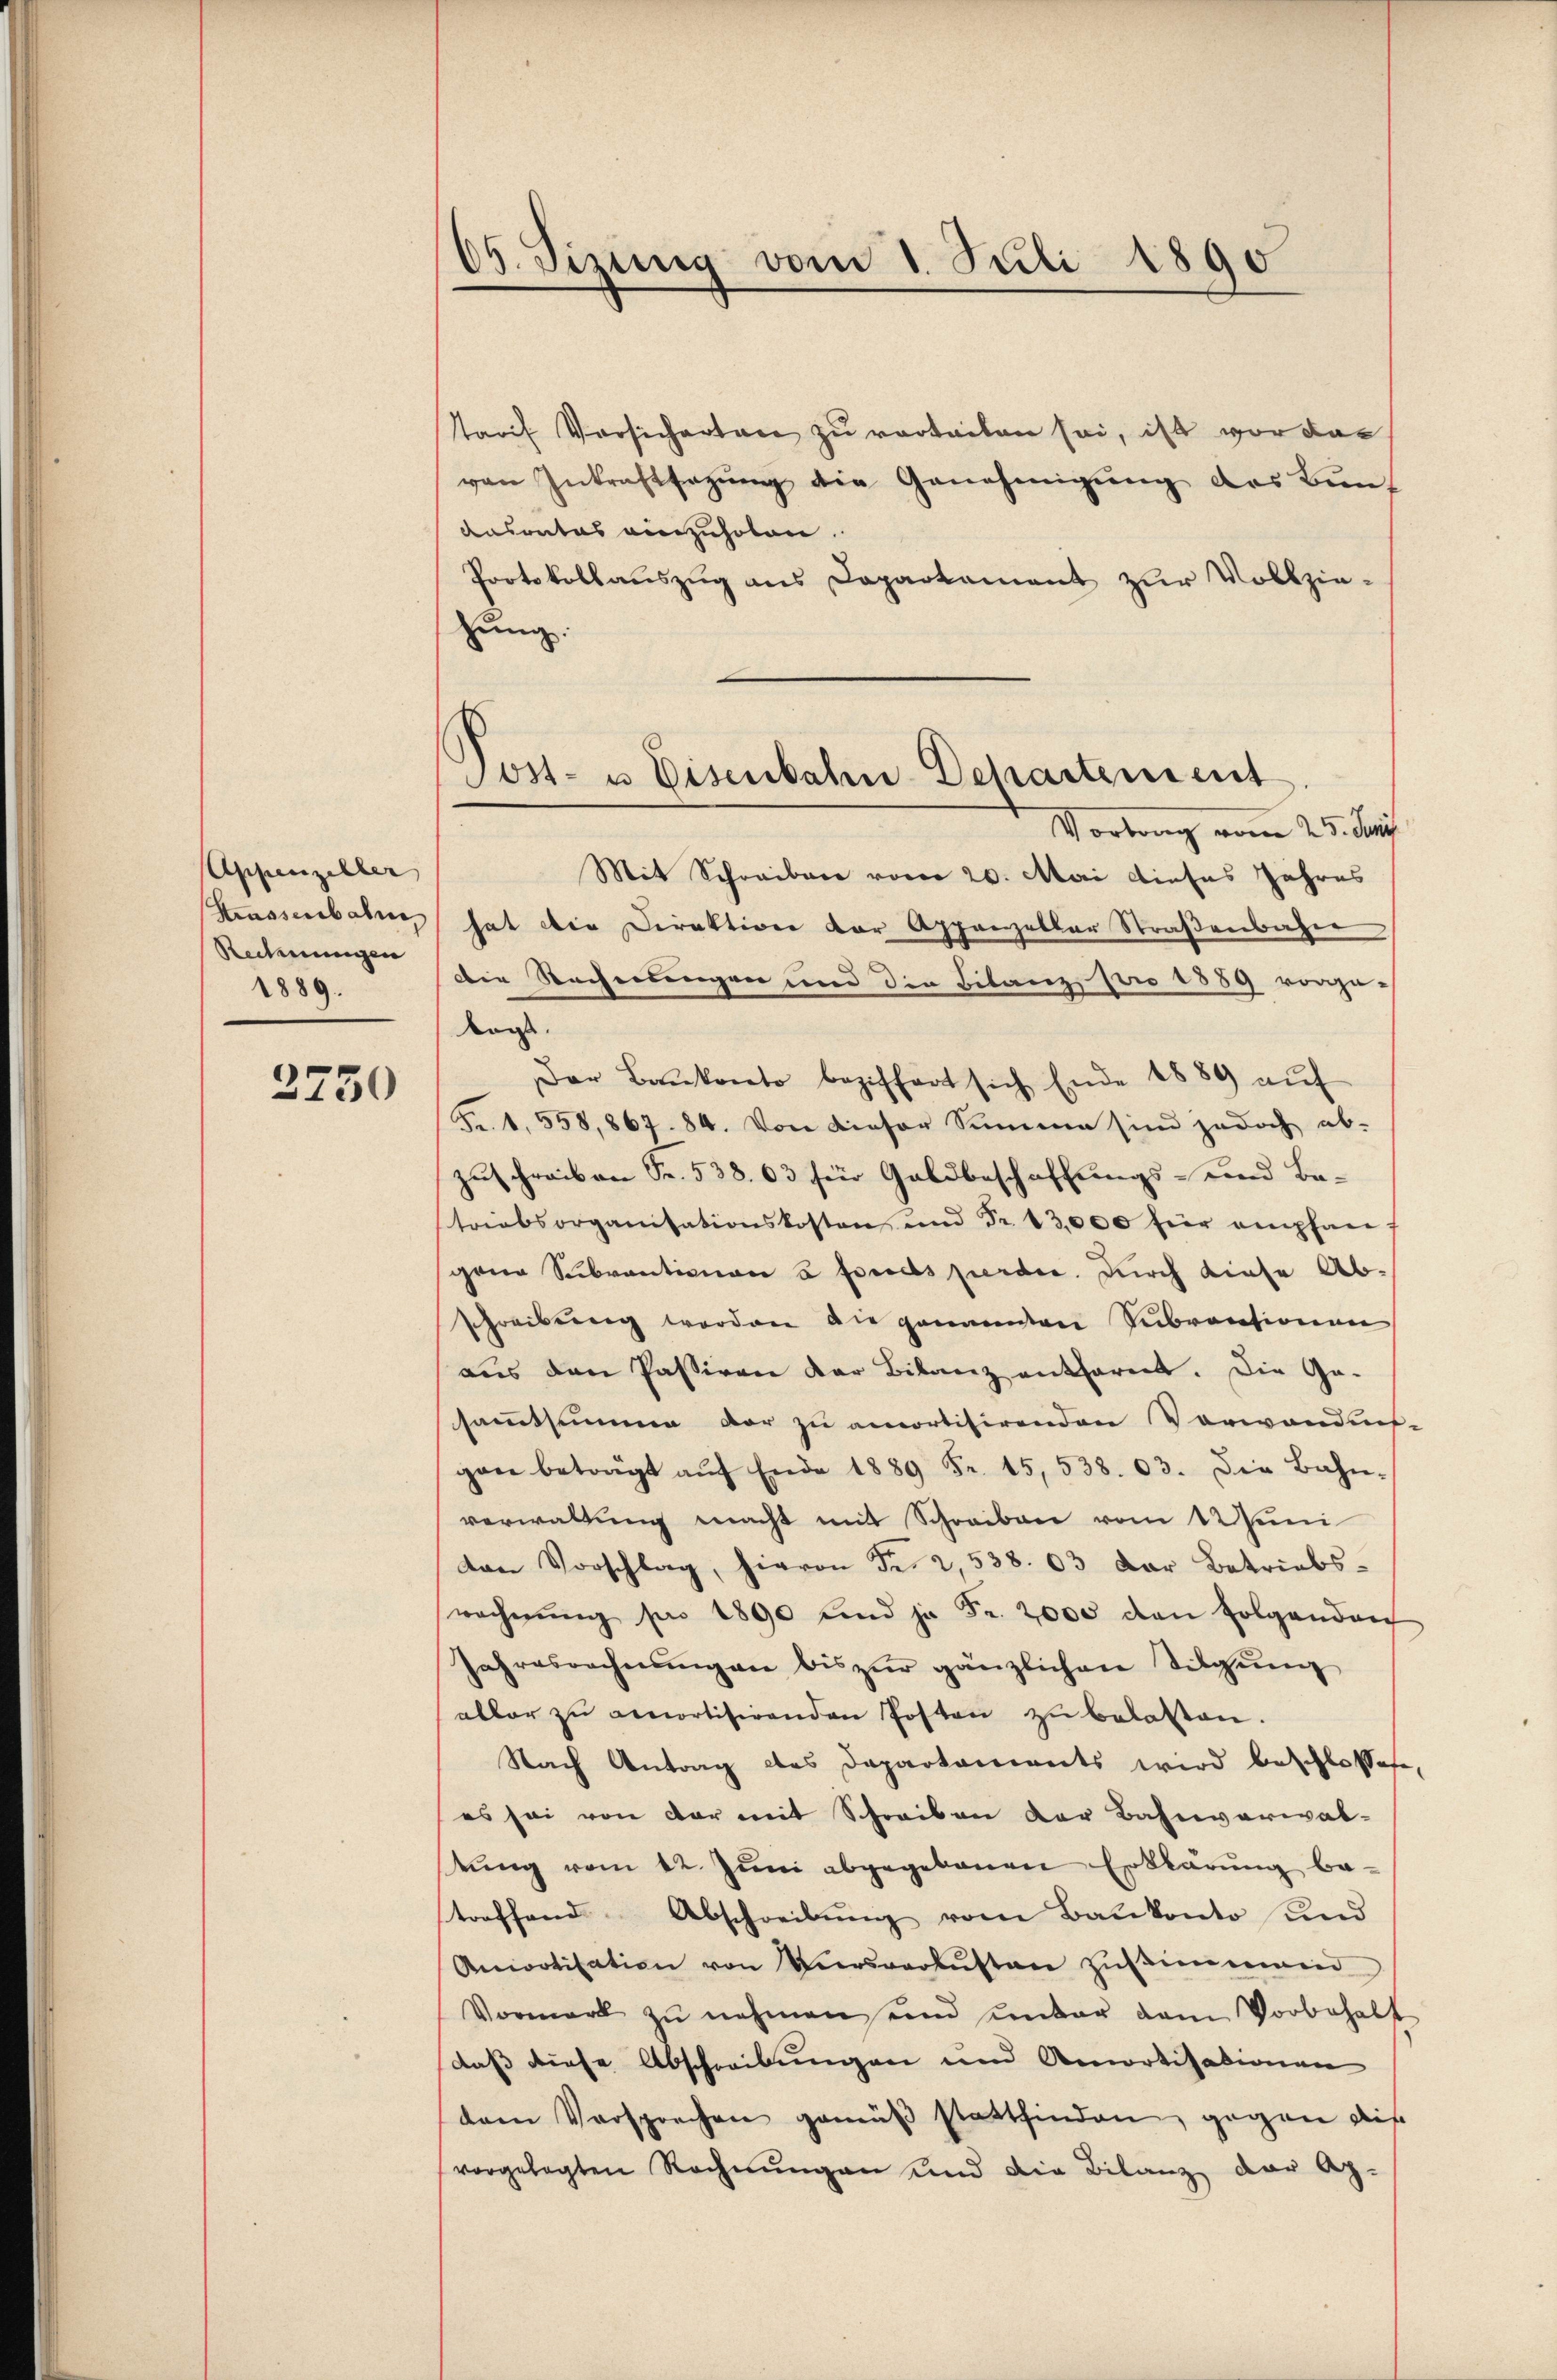
Appenzeller
Strassenbahne
Rechnungen
1889.

2750

65. Sistung vom 1. Juli 1890
—

Tarif Vorsicherten zu verteilen sei, ist vor das
von Inkraftsagung die Genehmigung des Bunausrates einzuholen.
Protokollauszug aus Daparkament zur Vollziezung.
Vortrag vom 25. Juny
Mit Schreiben vom 20. Mai dieses Jahres
hat die Direktion der Appenzellar Straßenbahne
die Rechnungen und die Filanz pro 1889 vorge-
Kags.
Der Baŭkonto beziffert sich Ende 1889 aŭf
Fr. 1, 558,867. 84. Von dieser Summe sind jedoch ab-
zuschreiben Fr. 538. 63 für Goldbeschaffungs- und Ba-
triebsorganisationskosten und Fr. 13,000 für empfan
gene Subventionen u fonds perdie. Durch diese Abschreibung worden die genannten Subventionen
aus den Passiven der Bilanz entfarent. Die Ge-
sammtsume vor zu amortisirenden Vorwandnis-
gan betragt aŭf Ende 1889 Fr. 15,538. 63. Die Bahn-
verwaltung macht mit Schreiben vom 1 Juni
den Vorschlag, hievon Fr. 2,538. 63 der Betriebs-
wechnŭng pro 1890 und ja Fr. 2000 den Folgenden
Jahresrechnŭngen bis zŭr gänzlichen Tilgung
aller zŭ amortisirenden Posten zŭ belasten.
Nach Antrag des Daparkoments wird beschlossene,
(es sei von der mit Schreiben der Bahnverwal-
tŭng vom 22. Juni abgegebenen Erklärung betreffend Abschreibung vom Baukonto und
Ancrotisation von Versverlusten zŭstimmend
Vormerk zŭ nehmen und unbar dann Vorbehalt
daß diese Abschreibungen und Amortisationen
dem Versprechen gemäβ stattfinden, gegen dis
vorgelegten Rechnungen und die Bilanz der Ap-

Post- u Eisenbahn Departement